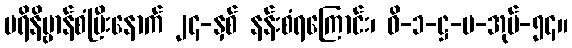
ပရိနိဗ္ဗာန်စံပြီးနောက် ၂၄-နှစ် နန်းစံရကြောင်း၊ ဝိ-၁-ဋ္ဌ-ပ-အုပ်-၅၄။